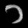
Digit: ၁